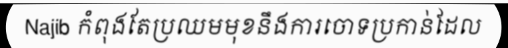
Najib កំពុងតែប្រឈមមុខនឹងការចោទប្រកាន់ដែល